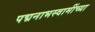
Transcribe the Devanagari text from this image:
पद्मनाभस्वामींच्या